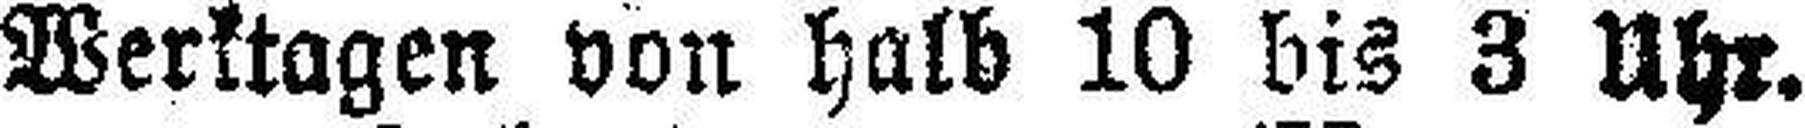
Werktagen von halb 10 bis 3 Uhr.